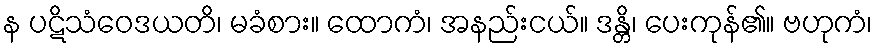
န ပဋိသံဝေဒယတိ၊ မခံစား။ ထောကံ၊ အနည်းငယ်။ ဒန္တိ၊ ပေးကုန်၏။ ဗဟုကံ၊